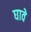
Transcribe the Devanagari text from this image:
घावे